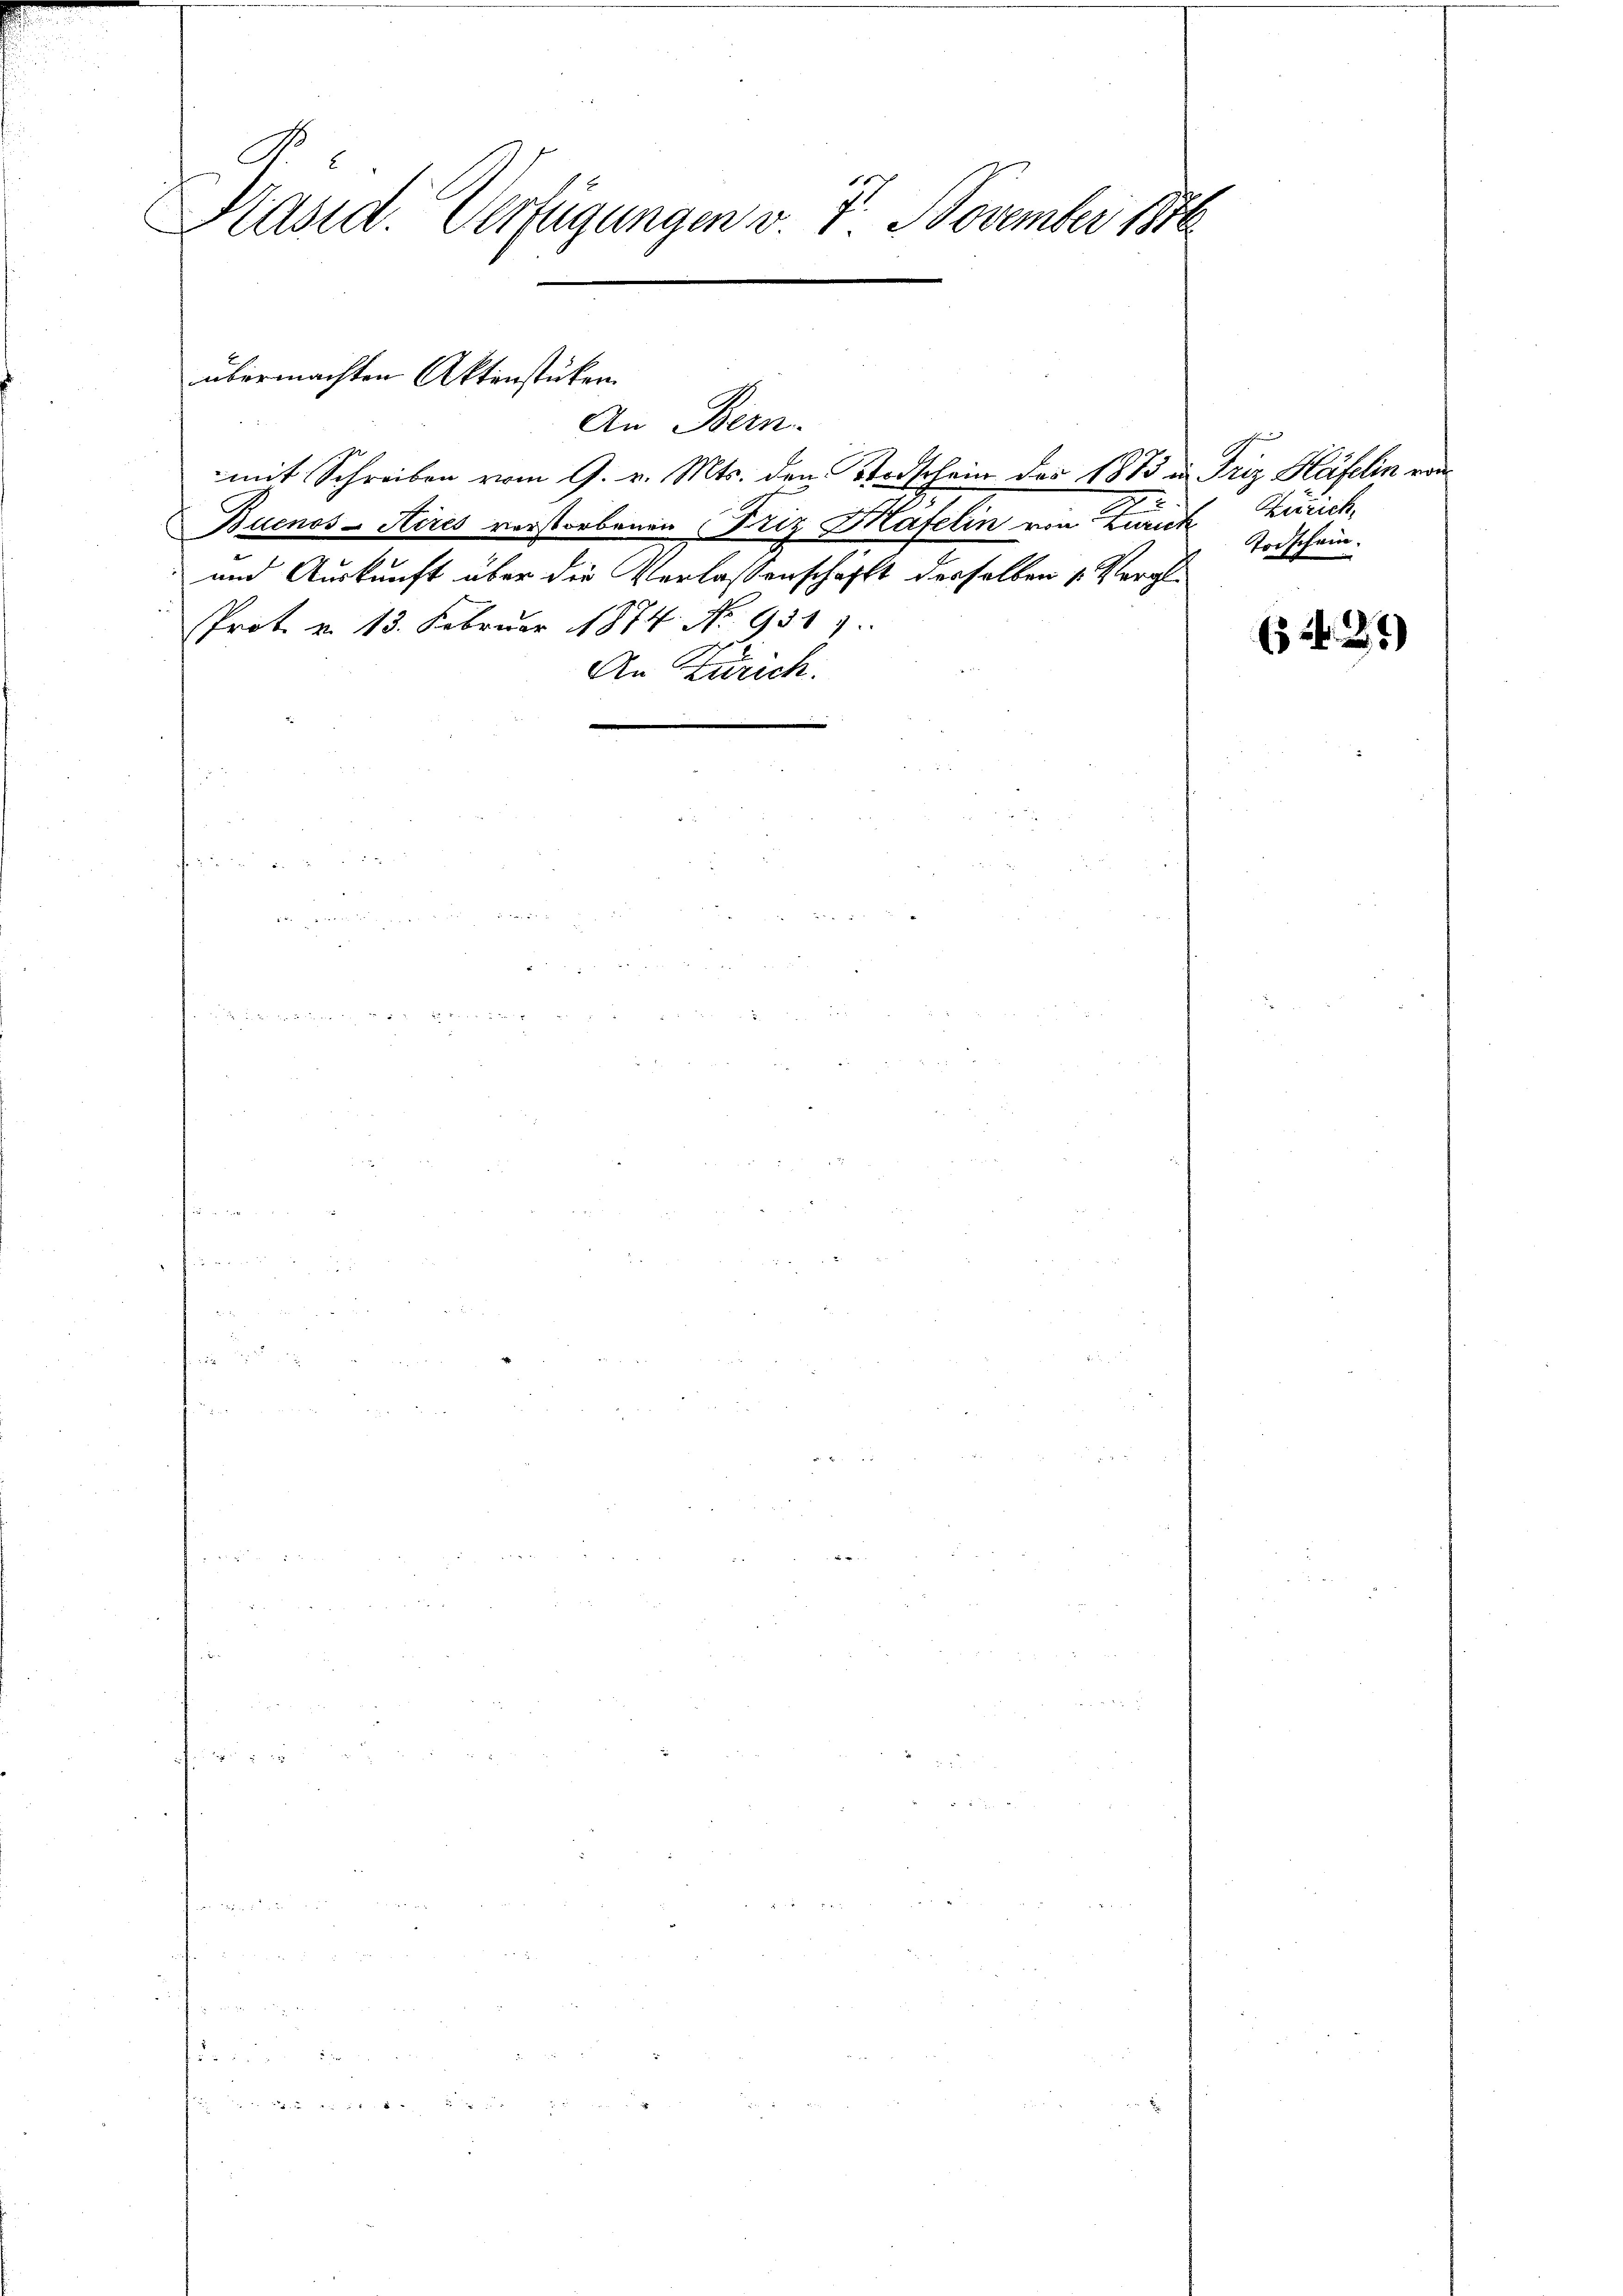
Präsid. Verfügungen v. 7. November 1870

Buenos-Aires verstorbenen Friz Hafelin von Zürich Zürich,
und Auskunft über die Verlassenschafft derselben 1. Vergl.
Prot. v. 13. Februar 1874. No. 931)
An Zürich.

übermachten Aktenstücken.
An Bern.

mit Schreiben vom 9. v. Mts. den Todschein der 1873 in Friz Häfelin von

Todschein.

(34 35)